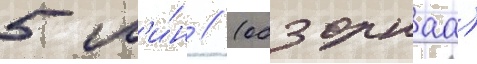
5 м'и́н // (обзорнаа)